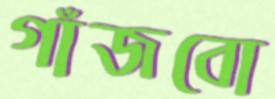
গাঁজবো